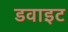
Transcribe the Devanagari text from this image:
डवाइट